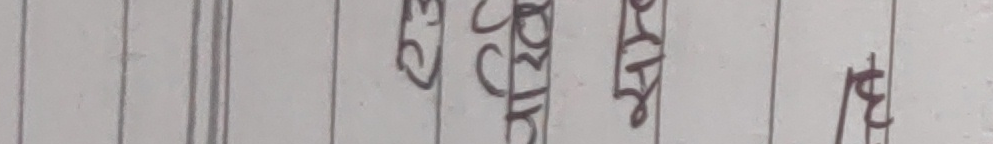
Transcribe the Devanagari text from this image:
एउटै कुरा